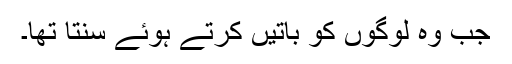
جب وہ لوگوں کو باتیں کرتے ہوئے سنتا تھا۔